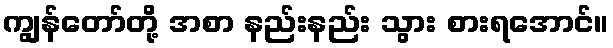
ကျွန်တော်တို့ အစာ နည်းနည်း သွား စားရအောင်။